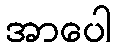
အာပေါ